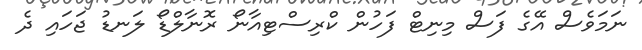
ނަމަވެސް އޭގެ ފަސް މިނިޓް ފަހުން ކްރިސްޓިއާނޯ ރޮނާލްޑޯ ލަނޑު ޖަހައި ދެ